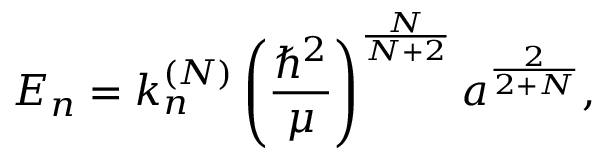
E _ { n } = k _ { n } ^ { ( N ) } \left( \frac { \hbar ^ { 2 } } \mu \right) ^ { \frac N { N + 2 } } a ^ { \frac 2 { 2 + N } } ,